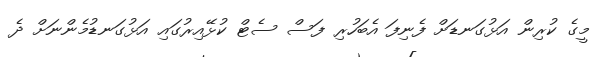
މީގެ ކުރިން އަޅުގަނޑަށް ފެނިފަ އެބަހުރި ފަސް ސެޓް ކުޅޭއިރުގައި އަޅުގަނޑުމެންނަށް ދެ